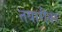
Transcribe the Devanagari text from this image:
तयारीवर